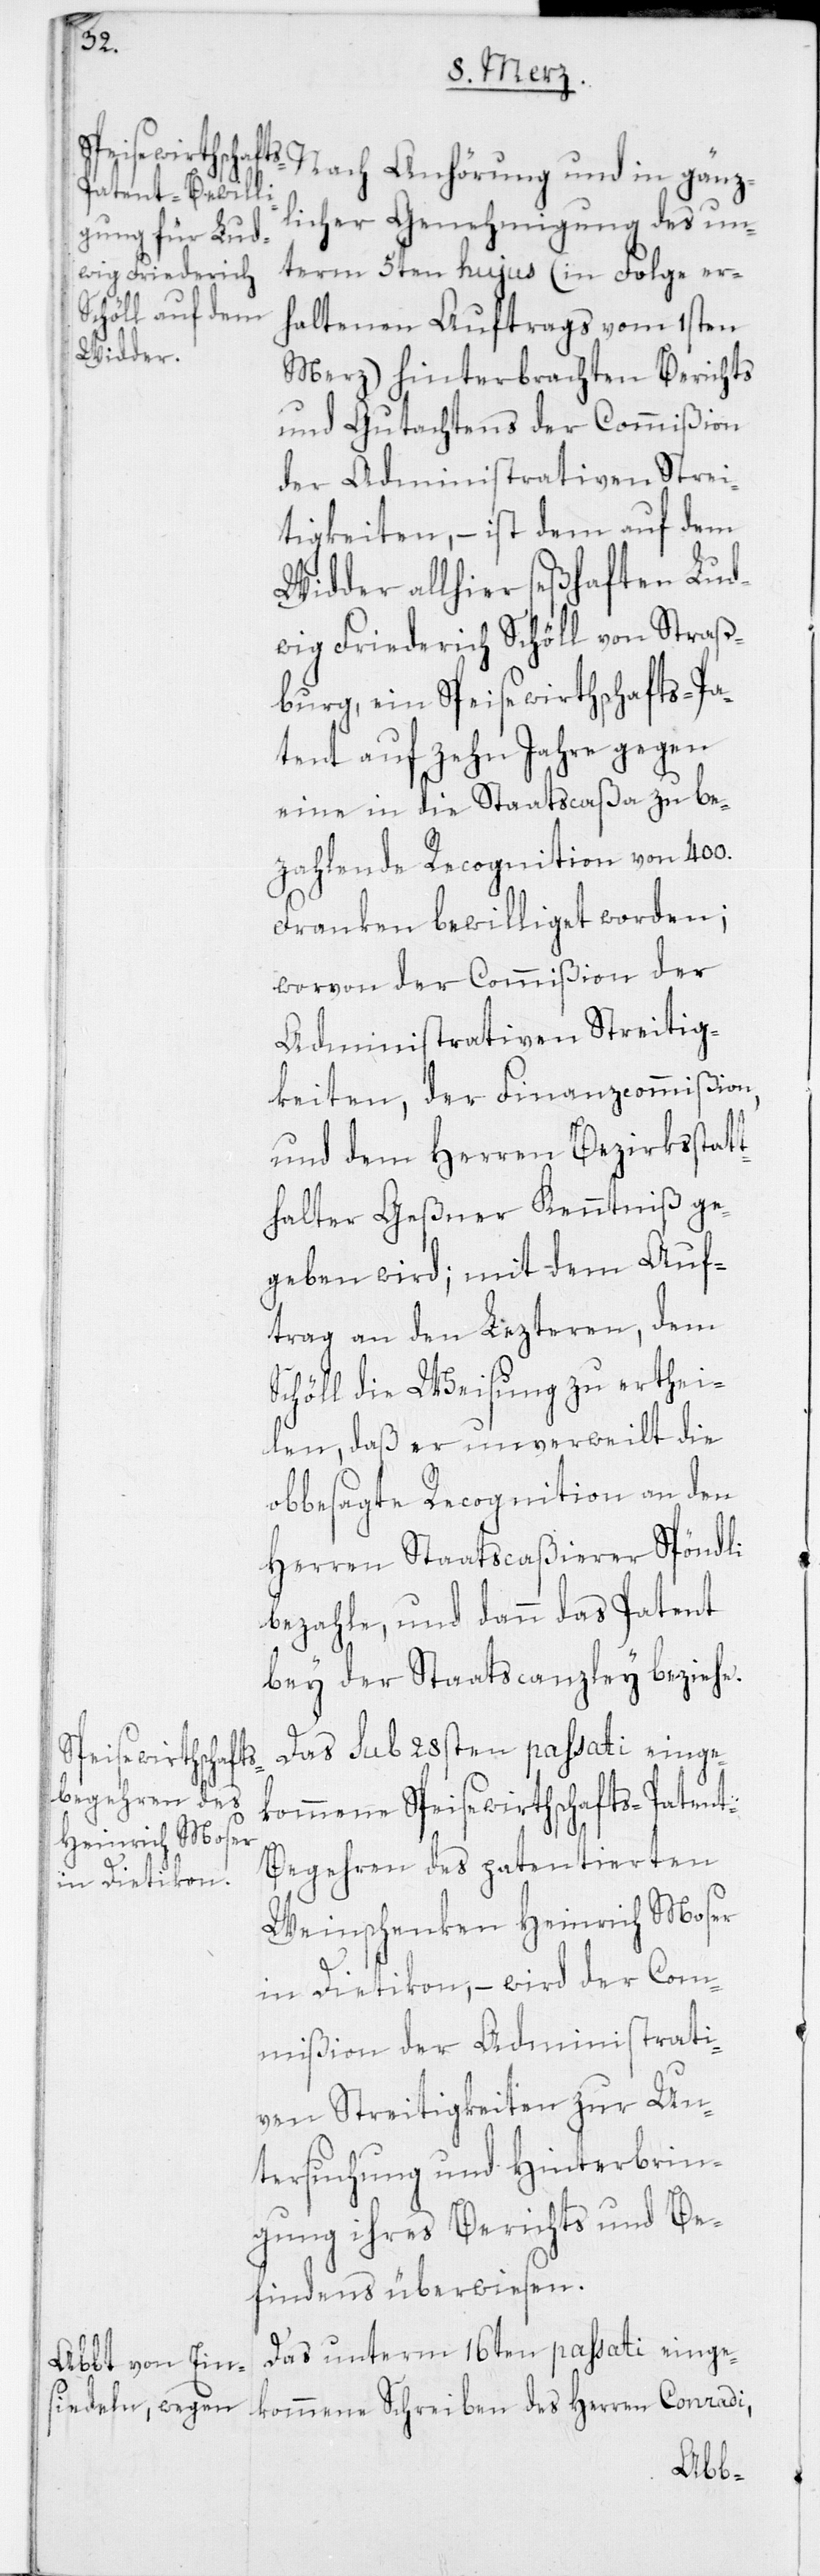
Nach Anhörung und in gänz¬
licher Genehmigung des un¬
term 5ten hujus (in Folge er¬
haltenen Auftrags vom 1sten
Merz) hinterbrachten Berichts
und Gutachtens der Commißion
der Administrativen Strei¬
tigkeiten, – ist dem auf dem
Widder allhier seßhaften Lud¬
wig Friedrich Schöll von Straß¬
burg, ein Speisewirthschafts-Pa¬
tent auf zehn Jahre gegen
eine in die Staatscaßa zu be¬
zahlende Recognition von 400.
Franken bewilliget worden;
worvon der Commißion der
Administrativen Streitig¬
keiten, der Finanzcommißion,
und dem Herren Bezirksstat¬
thalter Geßner Kenntniß ge¬
geben wird; mit dem Auf¬
trag an den Lezteren, dem
Schöll die Weisung zu erthei¬
len, daß er unverweilt die
obbesagte Recognition an den
Herren Staatscaßierer Spöndli
bezahle, und dann das Patent
bey der Staatscanzley beziehe.
Das sub 28sten passati einge¬
kommene Speisewirthschafts-Patent-B¬
egehren des patentierten
Weinschenken Heinrich Moser
in Dietikon, – wird der Com¬
mißion der Administrati¬
ven Streitigkeiten zur Un¬
tersuchung und Hinterbrin¬
gung ihres Berichts und Be¬
findens überwiesen.
Das unterm 16ten passati einge¬
kommene Schreiben des Herren Conradi,